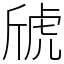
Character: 䖐